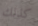
كذلك